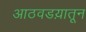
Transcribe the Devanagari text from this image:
आठवडय़ातून